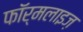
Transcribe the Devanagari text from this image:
फॉर्मलाइज़